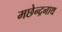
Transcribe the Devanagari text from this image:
मछेन्द्रनाथ